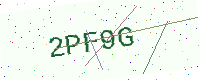
Text: 2PF9G